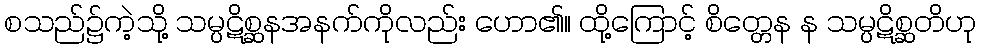
စသည်၌ကဲ့သို့ သမ္ပဋိစ္ဆနအနက်ကိုလည်း ဟော၏။ ထို့ကြောင့် စိတ္တေန န သမ္ပဋိစ္ဆတိဟု